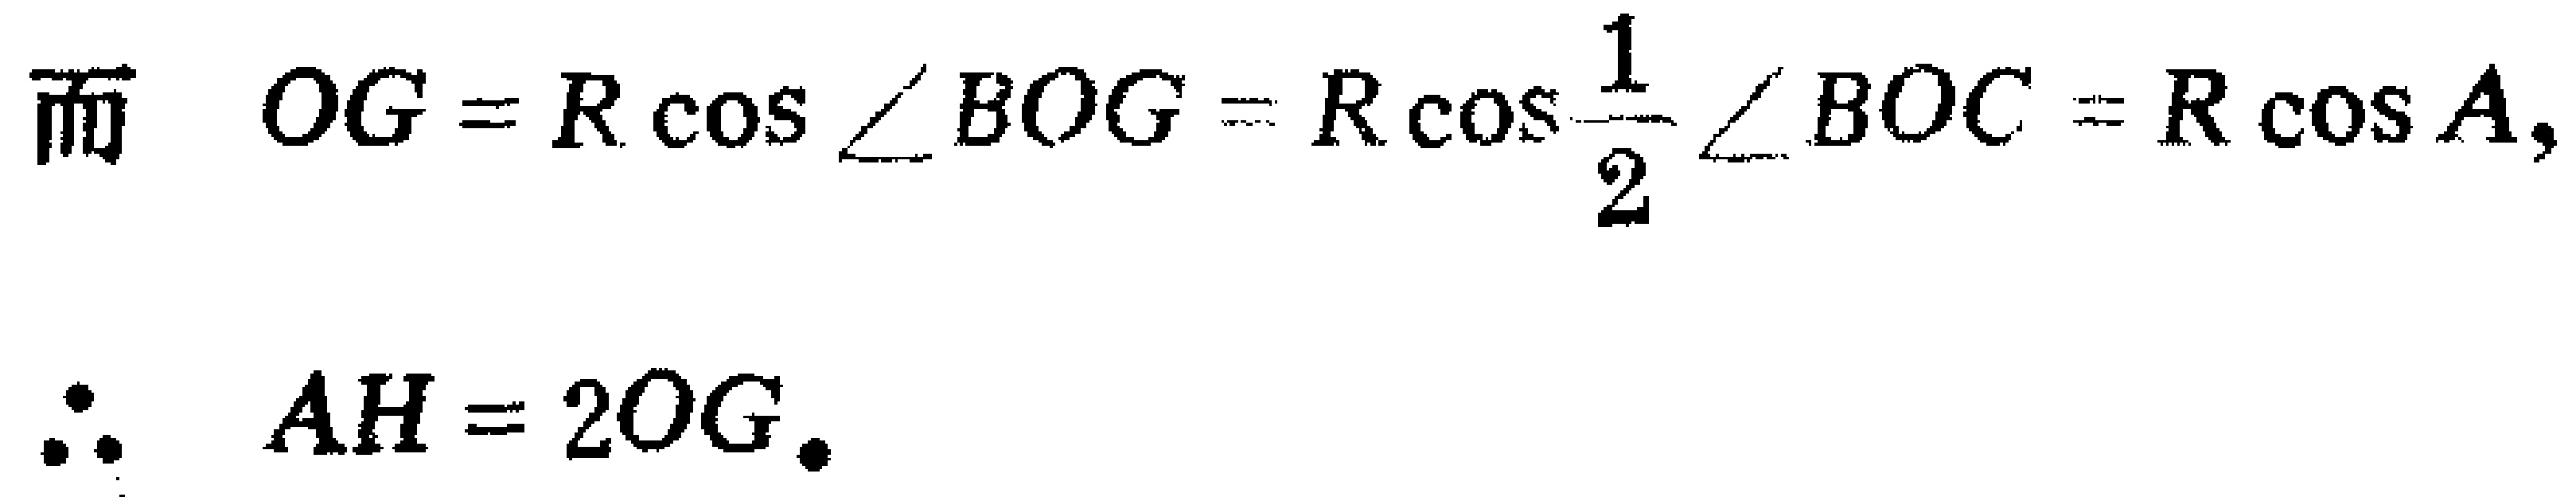
\[
\begin{align*}
\text{而}\quad OG&=R\cos\angle BOG = R\cos\frac{1}{2}\angle BOC = R\cos A,\\
\therefore\quad AH&= 2OG.
\end{align*}
\]